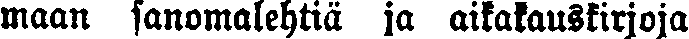
maan sanomalehtiä ja aikakauskirjoja